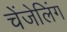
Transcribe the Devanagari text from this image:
चेंजेलिंग